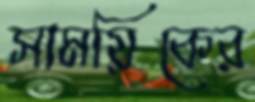
সাময়িকের